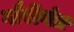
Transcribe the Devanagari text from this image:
गौरीयंत्र